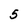
Character: 5